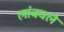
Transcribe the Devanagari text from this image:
लांबवले